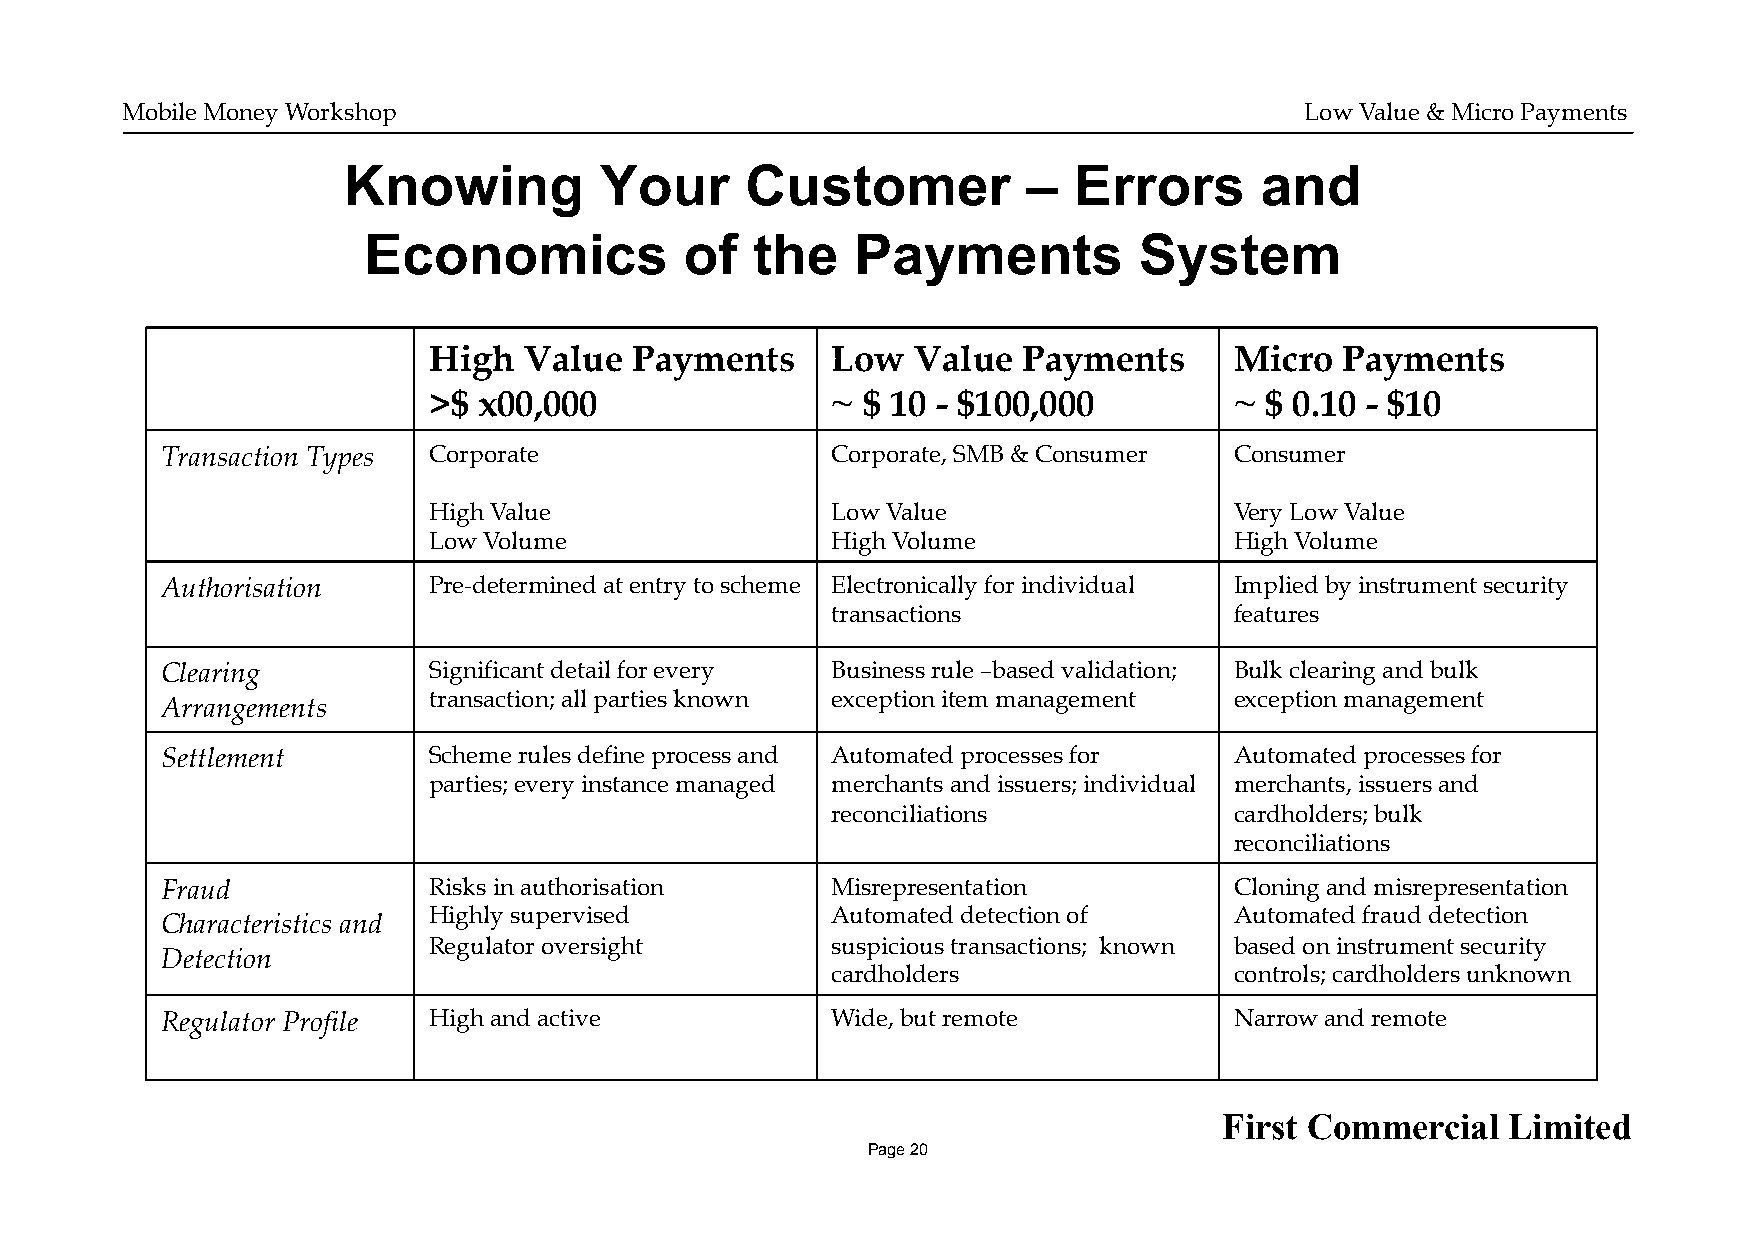
Mobile Money Workshop                                                         Low Value & Micro Payments
 Knowing          Your     Customer           –  Errors      and
 Economics            of   the    Payments          System
 High   Value  Payments     Low  Value   Payments      Micro  Payments
 >$  x00,000                ~ $ 10 - $100,000          ~ $ 0.10 - $10
 Transaction Types Corporate                 Corporate, SMB & Consumer  Consumer
 High Value                 Low Value                  Very Low Value
 Low Volume                 High Volume                High Volume
 Authorisation    Pre-determined at entry to scheme Electronically for individual Implied by instrument security
 transactions               features
 Clearing         Significant detail for every Business rule –based validation; Bulk clearing and bulk
 transaction; all parties known exception item management exception management
 Arrangements
 Settlement       Scheme rules define process and Automated processes for Automated processes for
 parties; every instance managed merchants and issuers; individual merchants, issuers and
 reconciliations            cardholders; bulk
 reconciliations
 Fraud            Risks in authorisation     Misrepresentation          Cloning and misrepresentation
 Highly supervised          Automated detection of     Automated fraud detection
 Characteristics and
 Regulator oversight        suspicious transactions; known based on instrument security
 Detection
 cardholders                controls; cardholders unknown
 Regulator Profile High and active           Wide, but remote           Narrow and remote
 First Commercial   Limited
 Page 20